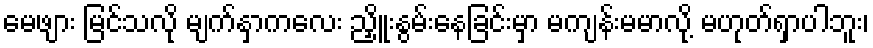
မေဖျား မြင်သလို မျက်နှာကလေး ညှိူးနွမ်းနေခြင်းမှာ မကျန်းမမာလို့ မဟုတ်ရှာပါဘူး၊